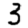
Digit: 3